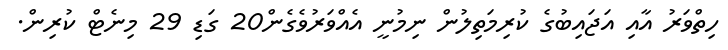
ހިތްވަރު އާއި އަޖައިބުގެ ކުރިމަތިލުން ނިމުނީ އެއްވަރުވެގެން20 ގަޑި 29 މިނެޓް ކުރިން.